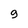
Character: 9